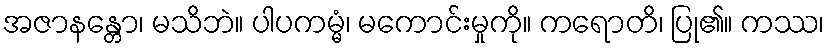
အဇာနန္တော၊ မသိဘဲ။ ပါပကမ္မံ၊ မကောင်းမှုကို။ ကရောတိ၊ ပြု၏။ ကဿ၊